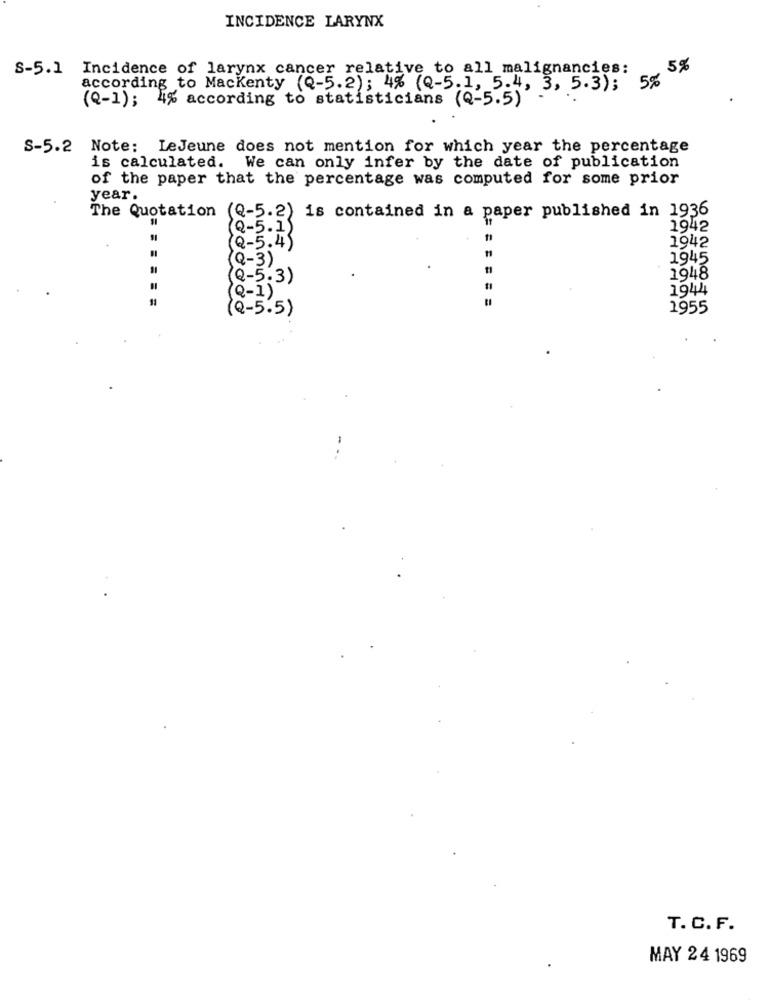
INCIDENCE LARYNX
S-5.1 Incidence of larynx cancer relative to all malignancies:
5%
5%
according to Mackenty (Q-5.2); 4% (Q-5.1, 5-4,
(Q-1); 4% according to statisticians (Q-5.5)) 3, 5.3);
S-5.2 Note: LeJeune does not mention for which year the percentage
is calculated.
We can only infer by the date of publication
of the paper that the percentage was computed for some prior
year.
The Quotation (Q-5.2) is contained in a paper published in 1936
(Q-5.1)
1942
1942
( 2-5.4)
Q-3)
1945
Q-5.3)
1948
(Q-1)
1944
( Q- 5.5)
1955
T. C. F.
MAY 24 1969